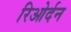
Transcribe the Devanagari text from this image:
रिओर्दन